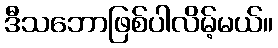
ဒီသဘောဖြစ်ပါလိမ့်မယ်။